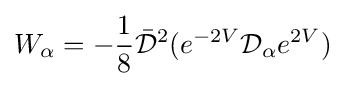
W_{\alpha }=-{\frac {1}{8}}{\bar {\mathcal {D}}}^{2}(e^{-2V}{\mathcal {D}}_{\alpha }e^{2V})